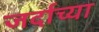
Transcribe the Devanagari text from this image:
जर्दाच्या